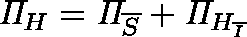
\mathit { \Pi } _ { H } = \mathit { \Pi } _ { \overline { { S } } } + \mathit { \Pi } _ { H _ { \overline { { I } } } }